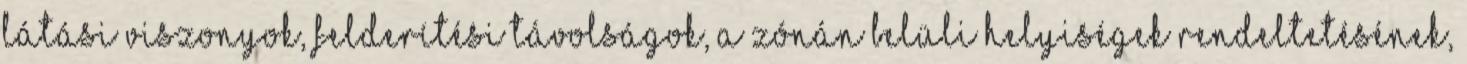
látási viszonyok, felderítési távolságok, a zónán belüli helyiségek rendeltetésének,